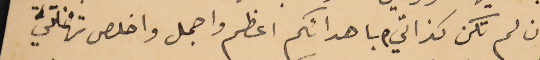
وان لم تكن كذاتي، باهدائكم اعظم واجمل واخلص تهاني